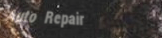
Auto Repair